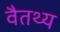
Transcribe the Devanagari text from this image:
वैतथ्य